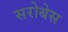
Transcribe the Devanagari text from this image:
सरोबेस